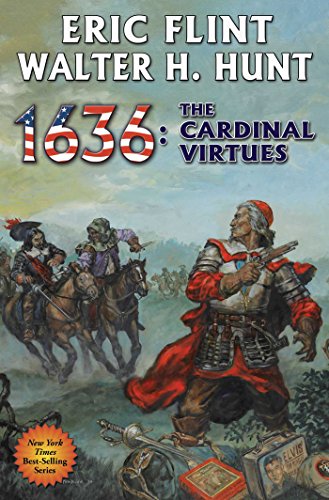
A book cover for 1636: The Cardinal Virtues (The Ring of Fire); Eric Flint; Science Fiction & Fantasy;